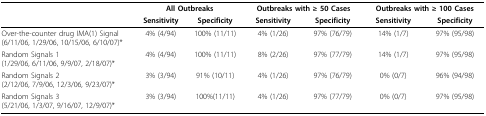
<table><thead><tr><td></td><td colspan="2"><b>All Outbreaks</b></td><td colspan="2"><b>Outbreaks with ≥ 50 Cases</b></td><td colspan="2"><b>Outbreaks with ≥ 100 Cases</b></td></tr><tr><td></td><td><b>Sensitivity</b></td><td><b>Specificity</b></td><td><b>Sensitivity</b></td><td><b>Specificity</b></td><td><b>Sensitivity</b></td><td><b>Specificity</b></td></tr></thead><tbody><tr><td>Over-the-counter drug IMA(1) Signal(6/11/06, 1/29/06, 10/15/06, 6/10/07)*</td><td>4% (4/94)</td><td>100% (11/11)</td><td>4% (1/26)</td><td>97% (76/79)</td><td>14% (1/7)</td><td>97% (95/98)</td></tr><tr><td>Random Signals 1(1/29/06, 6/11/06, 9/9/07, 2/18/07)*</td><td>4% (4/94)</td><td>100% (11/11)</td><td>8% (2/26)</td><td>97% (77/79)</td><td>14% (1/7)</td><td>97% (95/98)</td></tr><tr><td>Random Signals 2(2/12/06, 7/9/06, 12/3/06, 9/23/07)*</td><td>3% (3/94)</td><td>91% (10/11)</td><td>4% (1/26)</td><td>97% (76/79)</td><td>0% (0/7)</td><td>96% (94/98)</td></tr><tr><td>Random Signals 3(5/21/06, 1/3/07, 9/16/07, 12/9/07)*</td><td>3% (3/94)</td><td>100%(11/11)</td><td>4% (1/26)</td><td>97% (77/79)</td><td>0% (0/7)</td><td>97% (95/98)</td></tr></tbody></table>